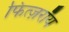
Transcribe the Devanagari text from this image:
फित्ज़रॉय